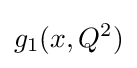
g_{1}(x,Q^{2})